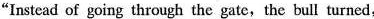
"Instead of going through the gate,the bull turned,